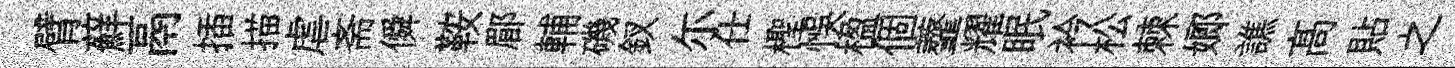
臂蘚鬲插描虐斋僢鞍郿輔磯釵尓仕檉悞楹個虀耀眠衿松棘嫏譙髙貼之